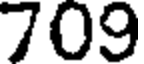
709